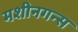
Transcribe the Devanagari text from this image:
मशीनगन्स